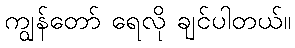
ကျွန်တော် ရေလို ချင်ပါတယ်။